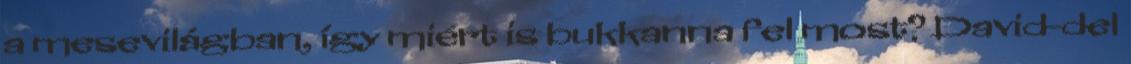
a mesevilágban, így miért is bukkanna fel most? David-del